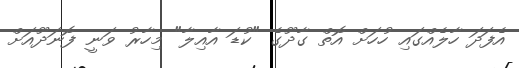
އެފަދަ ހާލެއްގައި ހުހަށް އޮތް ގާދޫގެ "ކުޑަ އާއިލާ" މިހާރު ވަނީ ފޮނަދޫއަށް